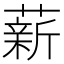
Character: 薪